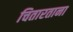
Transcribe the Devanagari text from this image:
चितारताना